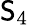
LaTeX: \mathsf{S}_{4}